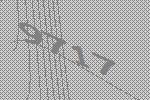
9717